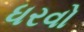
ધરવો